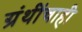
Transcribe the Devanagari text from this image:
ग्रंथींचाही